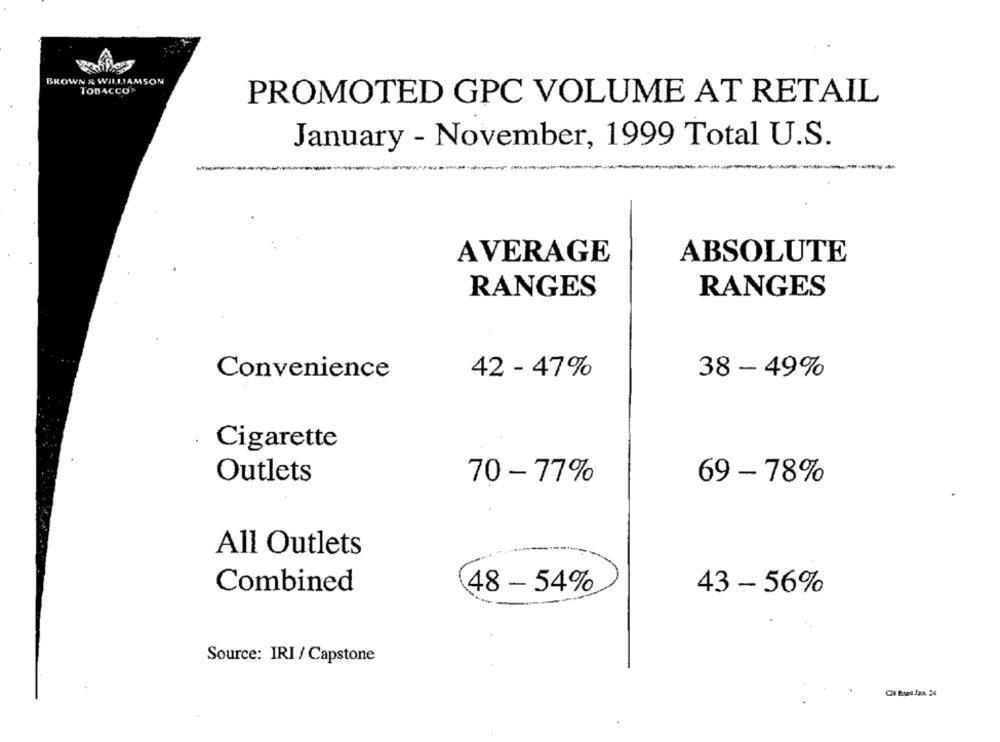
BROWN & WILLIAMSON
TOBACCO"
PROMOTED GPC VOLUME AT RETAIL
January - November, 1999 Total U.S.
AVERAGE
ABSOLUTE
RANGES
RANGES
Convenience
42 - 47%
38 - 49%
Cigarette
Outlets
70 -77%
69 - 78%
All Outlets
Combined
48 - 54%
43 - 56%
Source: IRI / Capstone